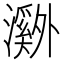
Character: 𬉝